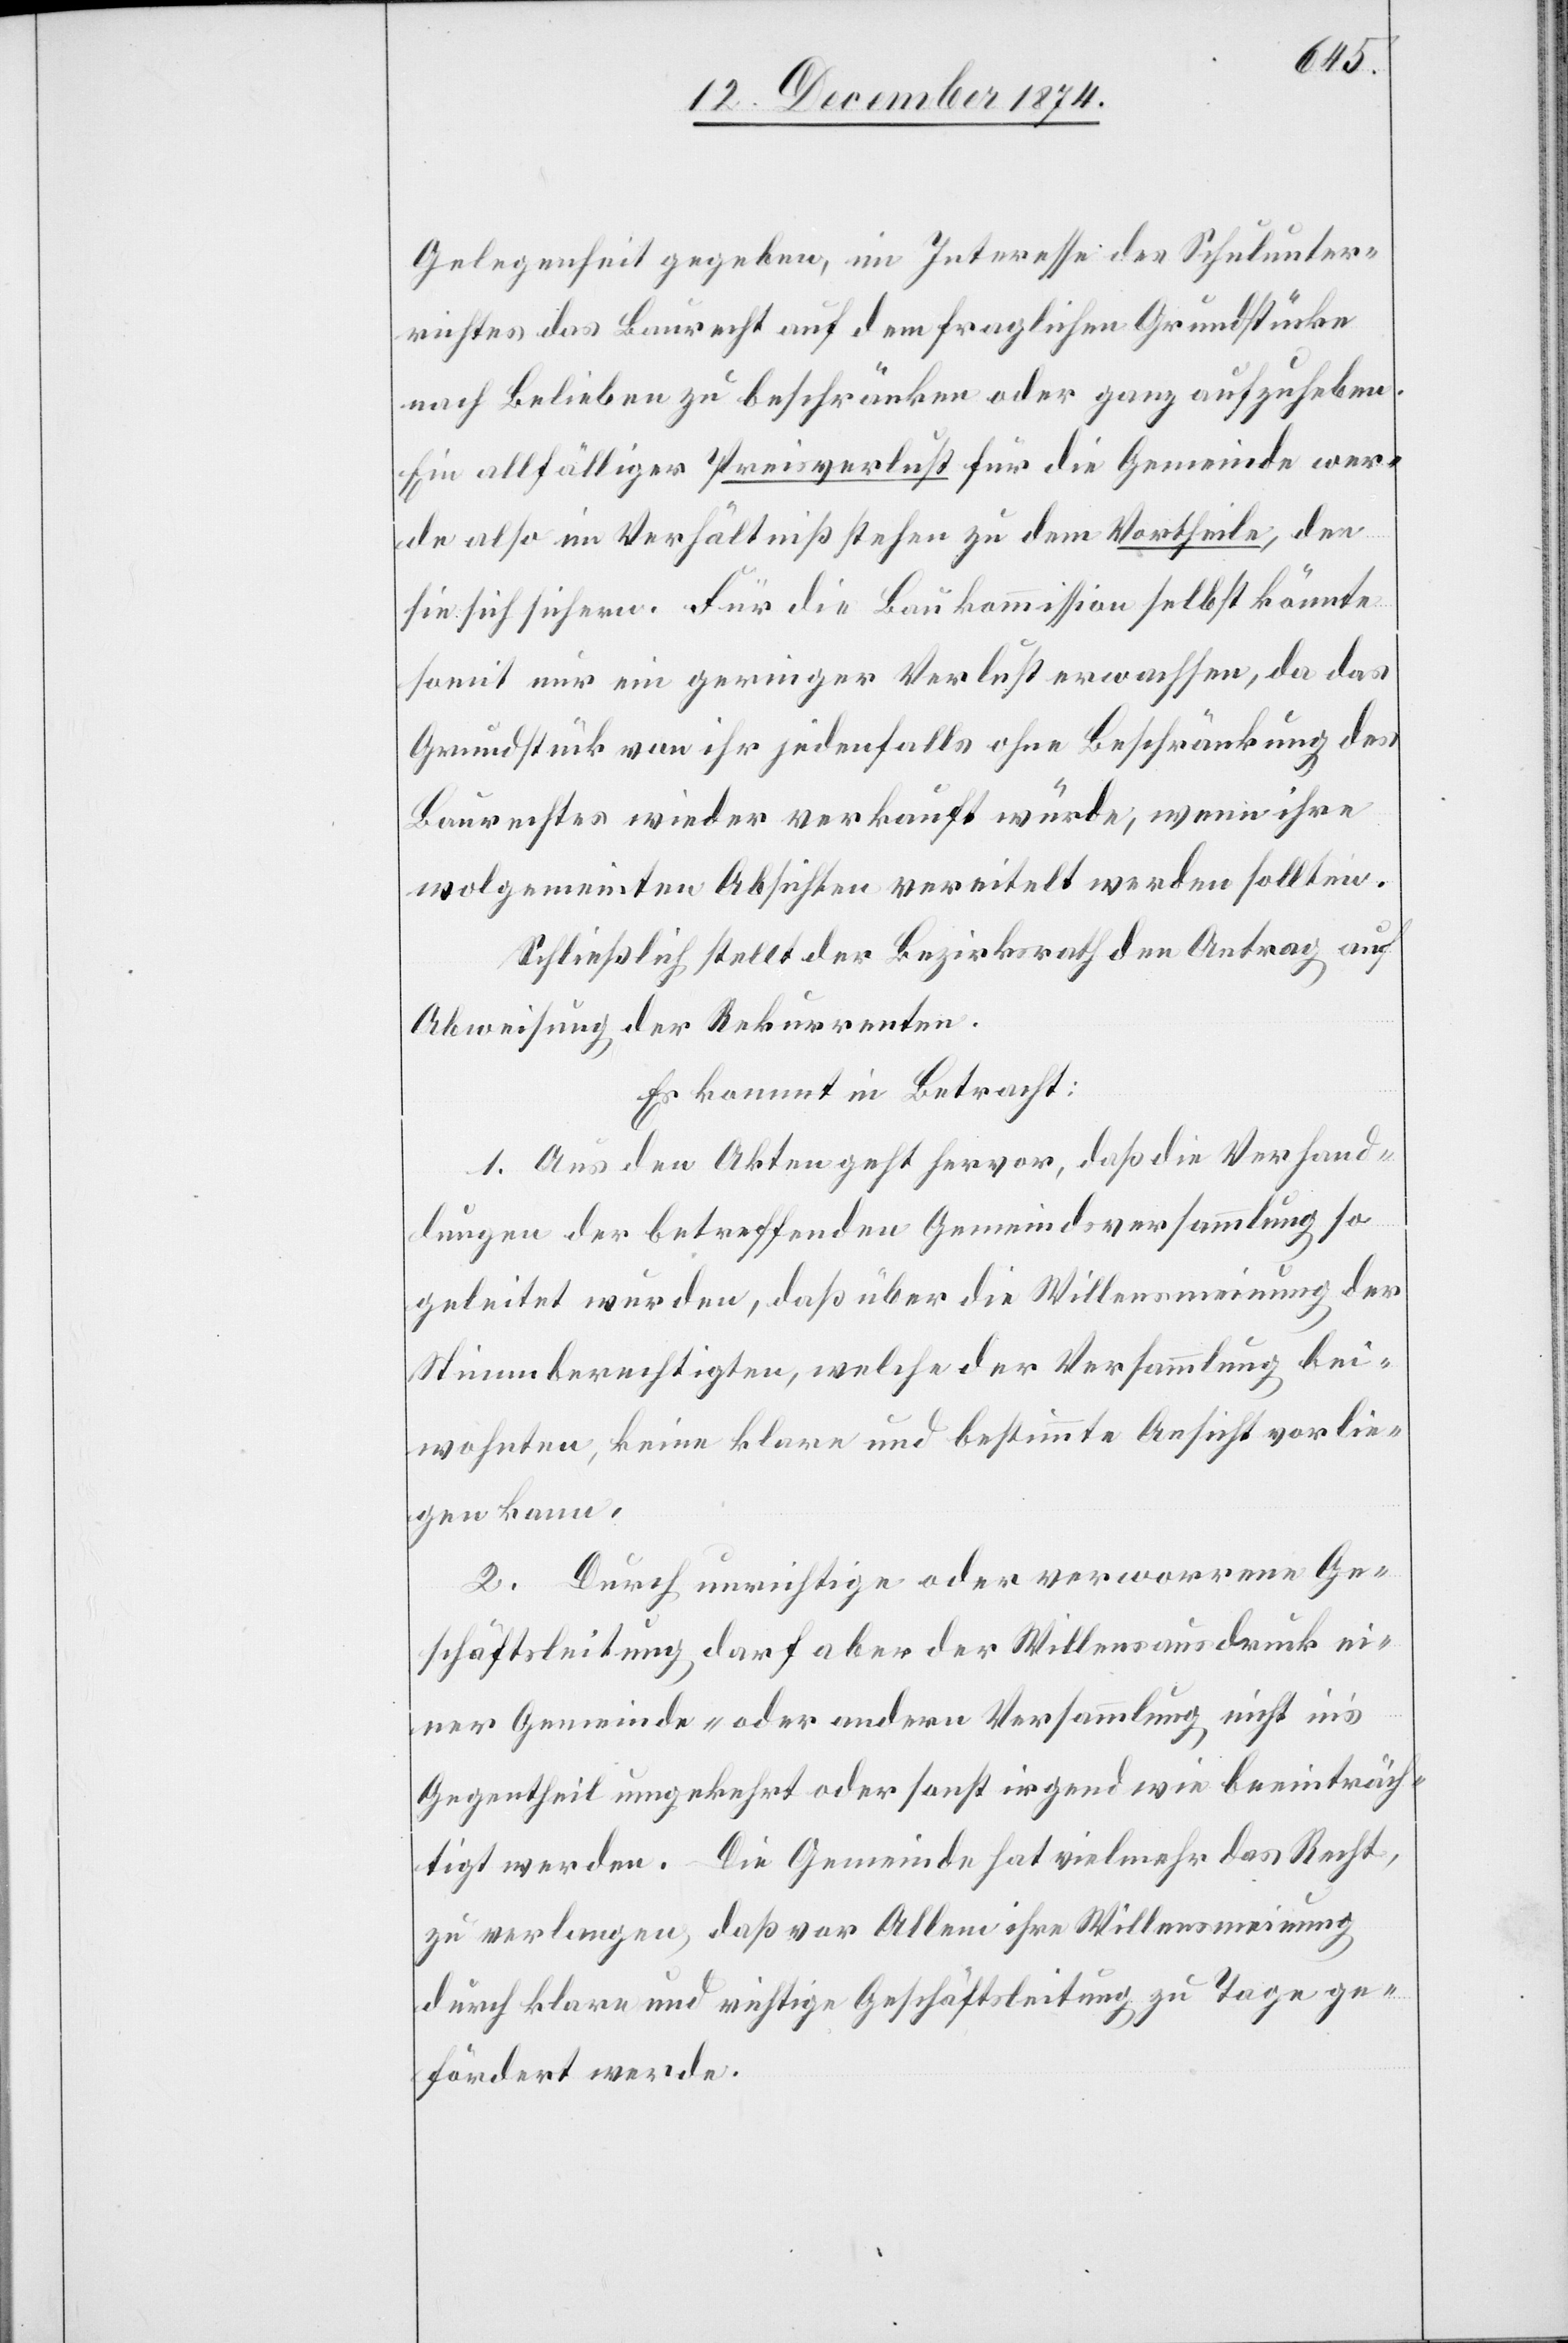
Gelegenheit gegeben, im Interesse des Schulunter¬
richtes das Baurecht auf dem fraglichen Grundstücke
nach Belieben zu beschränken oder ganz aufzuheben.
Ein allfälliger Preisverlust für die Gemeinde wer¬
de also im Verhältniß stehen zu dem Vortheile, den
sie sich sichern. Für die Baukommission selbst könnte
somit nur ein geringer Verlust erwachsen, da das
Grundstück von ihr jedenfalls ohne Beschränkung des
Baurechtes wieder verkauft würde, wenn ihre
wolgemeinten Absichten vereitelt werden sollten.
Schließlich stellt der Bezirksrath den Antrag auf
Abweisung der Rekurrenten.
Es kommt in Betracht:
1. Aus den Akten geht hervor, daß die Verhand¬
lungen der betreffenden Gemeindsversammlung so
geleitet wurden, daß über die Willensmeinung der
Stimmberechtigten, welche der Versammlung bei¬
wohnten, keine klare und bestimmte Ansicht vorlie¬
gen kann.
2. Durch unrichtige oder verworrene Ge¬
schäftsleitung darf aber der Willensausdruck ei¬
ner Gemeinde- oder andern Versammlung nicht in’s
Gegentheil umgekehrt oder sonst irgendwie beeinträch¬
tigt werden. Die Gemeinde hat vielmehr das Recht,
zu verlangen, daß vor Allem ihre Willensmeinung
durch klare und richtige Geschäftsleitung zu Tage ge¬
fördert werde.